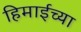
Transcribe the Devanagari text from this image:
हिमाईच्या